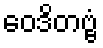
ဝေဒိတဗ္ဗံ